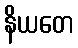
နိယတေ